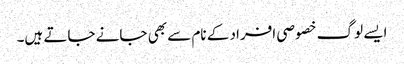
ایسے لوگ خصوصی افراد کے نام سے بھی جانے جاتے ہیں۔